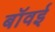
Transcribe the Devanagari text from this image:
बॉवई